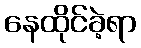
နေထိုင်ခဲ့ရာ